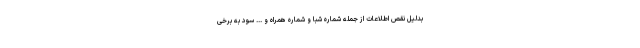
بدلیل نقص اطلاعات از جمله شماره شبا و شماره همراه و ... سود به برخی